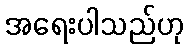
အရေးပါသည်ဟု